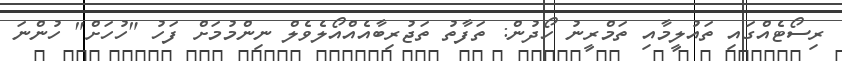
ރިސޯޓެއްގައި ތައުލީމާއި ތަމްރީނު ހޯދުން: ތަފާތު ތަޖުރިބާއެއްއޯލެވެލް ނިންމުމަށް ފަހު "ހުހަށް" ހުންނަ